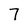
Character: 7